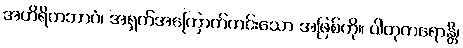
အဟိရိကဘာဝံ၊ အရှက်အကြောက်ကင်းသော အဖြစ်ကို။ ပါတုကရောန္တိ၊